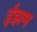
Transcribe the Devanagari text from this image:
ईझम